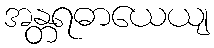
အန္တရဓာယေယျ